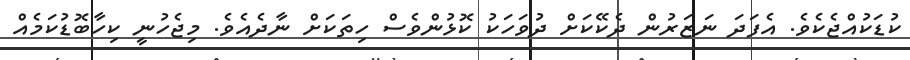
ކުޑަކުއްޖެކެވެ. އެފަދަ ނަޒަރުން ދެކޭކަށް ދުވަހަކު ކޮޅުންވެސް ހިތަކަށް ނާދެއެވެ. މިޖެހުނީ ކިހާބޮޑުކަމެއް